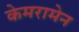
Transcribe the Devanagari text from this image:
केमरामेन